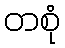
တစုံ